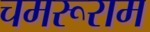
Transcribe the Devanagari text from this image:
चमरूराम